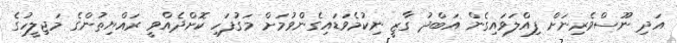
އަދި ނޫސްވެރިނަށް ފިއްލަވައިގެން އަބްދު ގާޒީ ނިކުމެވަޑައިގެންވުމަށް މަގުފަހި ކޮށްދެއްވީ ރައްޔިތުންގެ މަޖިލީހުގެ